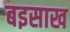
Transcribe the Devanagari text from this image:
बइसाख